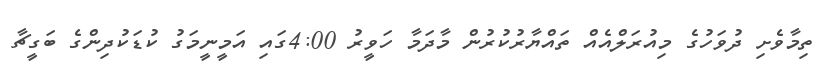
ތިމާވެށި ދުވަހުގެ މިއުރަލްއެއް ތައްޔާރުކުރުން މާދަމާ ހަވީރު 4:00ގައި އަމީނީމަގު ކުޑަކުދިންގެ ބަގީޗާ